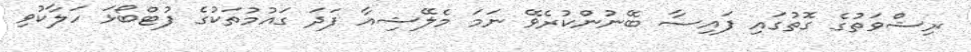
ރިޝްވަތުގެ ގޮތުގައި ފައިސާ ބޭނުންކުރެވޭ ނަމަ މެލޭޝިއާ ފަދަ ގައުމުތަކުގެ ފުޓްބޯޅަ ހަލާކުވި